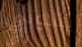
ينادوني